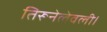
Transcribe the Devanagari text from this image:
तिरूनेलेवली।